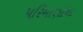
પરિમાણોના